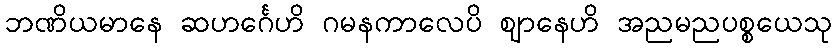
ဘဏိယမာနေ ဆဟင်္ဂေဟိ ဂမနကာလေပိ ဈာနေဟိ အညမညပစ္စယေသု